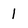
Character: 1